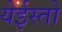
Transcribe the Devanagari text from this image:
येईस्तो